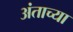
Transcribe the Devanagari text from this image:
अंताच्या